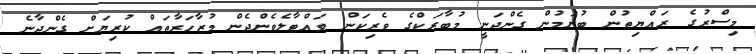
މިސްރުގެ ރައްޔިތުން ބުނަމުން ގެންދަނީ މުބާރަކްގެ ވެރިކަން ވައްޓާލެވެންދެން މުޒާހަރާތައް ކުރިޔަށް ގެންދާނެ